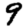
Digit: 9